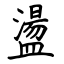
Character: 盪